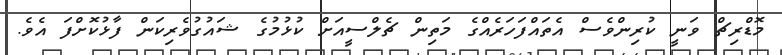
މޮޑްރިޗް ވަނީ ކުރިންވެސް އެތައްފަހަރެއްގެ މަތިން ޗެލްސީއަށް ކުޅުމުގެ ޝައުގުވެރިކަން ފާޅުކޮށްފަ އެވެ.